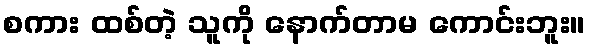
စကား ထစ်တဲ့ သူကို နောက်တာမ ကောင်းဘူး။